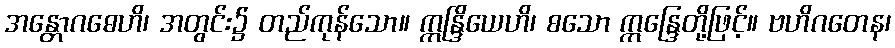
အန္တောဂဓေဟိ၊ အတွင်း၌ တည်ကုန်သော။ ဣန္ဒြိယေဟိ၊ စသော ဣန္ဒြေတို့ဖြင့်။ ဗဟိဂတေန၊